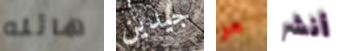
هائله جيدين هو أنشر